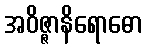
အဝိဇ္ဇာနိရောဓော